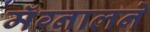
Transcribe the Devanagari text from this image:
मॅग्नालने